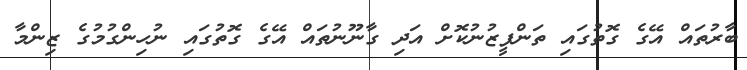
ބާރުތައް އޭގެ ގޮތުގައި ތަންފީޒުނުކޮށް އަދި ގާނޫނުތައް އޭގެ ގޮތުގައި ނުހިންގުމުގެ ޒިންްމާ